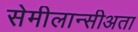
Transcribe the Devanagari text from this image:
सेमीलान्सीअता